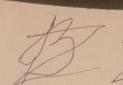
Signature authenticity: forged